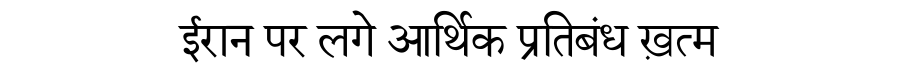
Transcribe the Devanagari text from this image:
ईरान पर लगे आर्थिक प्रतिबंध ख़त्म